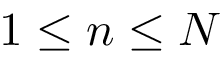
1 \leq n \leq N